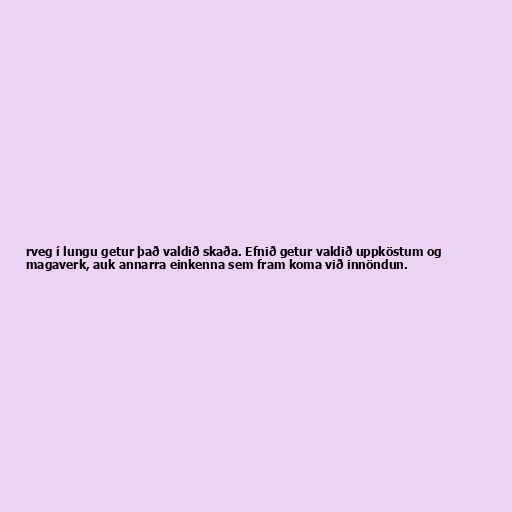
rveg í lungu getur það valdið skaða. Efnið getur valdið uppköstum og
magaverk, auk annarra einkenna sem fram koma við innöndun.